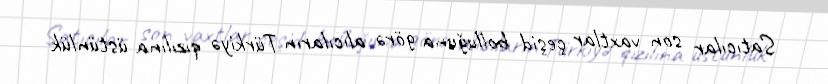
Satıcılar son vaxtlar çeşid bolluğuna görə alıcıların Türkiyə qızılına üstünlük